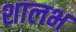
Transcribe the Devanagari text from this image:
शालभ